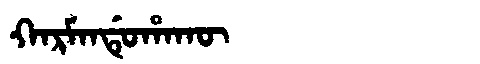
Manchu: ᡴᠠᡵᠮᠠᠨᡩᡠᡥᠠᡴᡡ
Romanization: KARMANDUHAKŪ